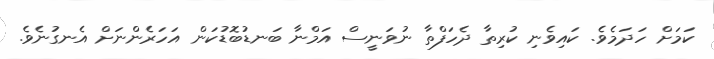
ކަމަށް ހަދަމެވެ. ކައިވެނި ކުރިތާ ދެހަފްތާ ނުވަނީސް އަމްނާ ބަނޑުބޮޑުކަން އަހަރެންނަށް އެނގުނެވެ.